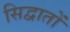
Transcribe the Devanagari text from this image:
सिद्वातों